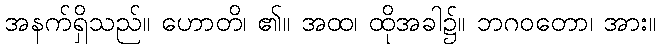
အနက်ရှိသည်။ ဟောတိ၊ ၏။ အထ၊ ထိုအခါ၌။ ဘဂဝတော၊ အား။